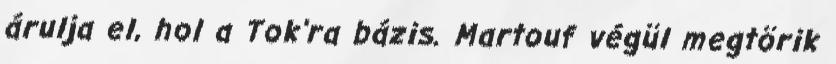
árulja el, hol a Tok’ra bázis. Martouf végül megtörik